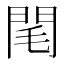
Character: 閐